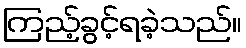
ကြည့်ခွင့်ရခဲ့သည်။